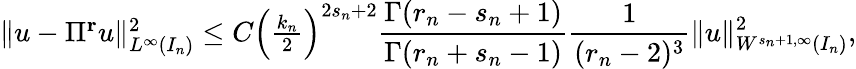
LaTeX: \begin{array}{r}{\| u-\Pi^{\mathbf{r}}u\| _{L^{\infty}(I_{n})}^{2}\le C\Big(\frac{k_{n}}{2}\Big)^{2s_{n}+2}\displaystyle\frac{\Gamma(r_{n}-s_{n}+1)}{\Gamma(r_{n}+s_{n}-1)}\displaystyle\frac{1}{(r_{n}-2)^{3}}\| u\| _{W^{s_{n}+1,\infty}(I_{n})}^{2},}\end{array}